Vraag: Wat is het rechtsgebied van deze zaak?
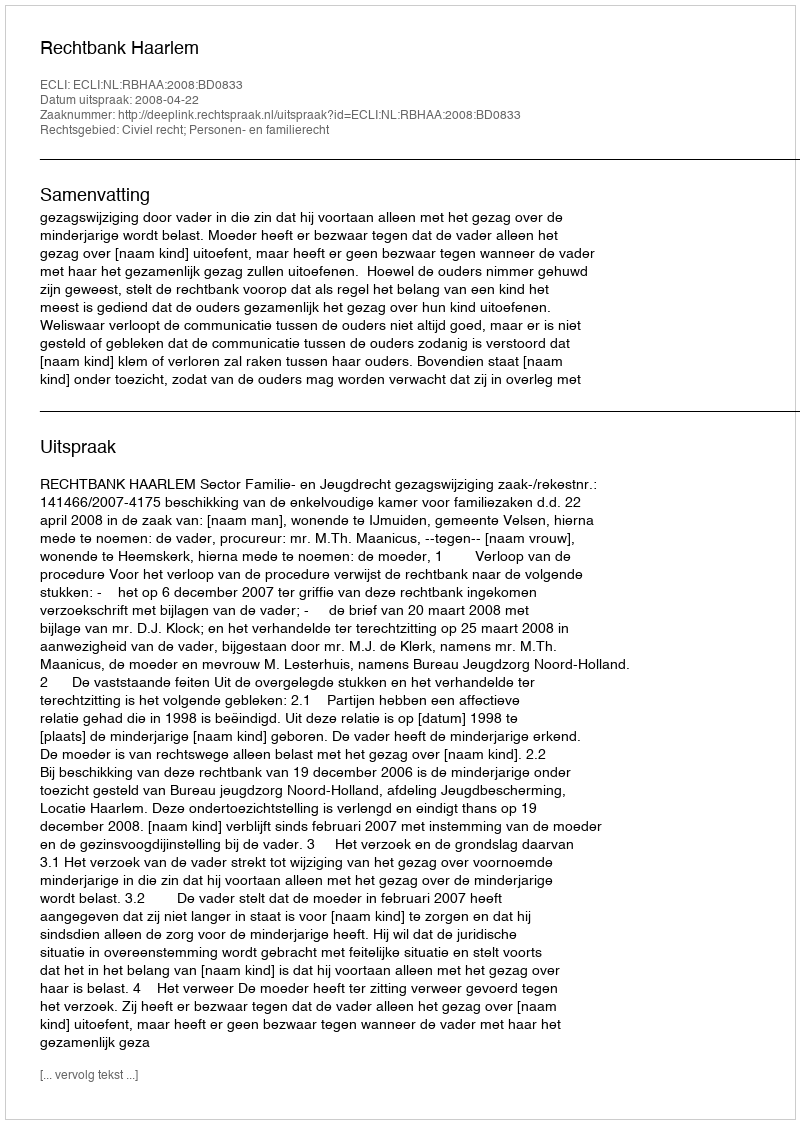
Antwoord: Civiel recht; Personen- en familierecht